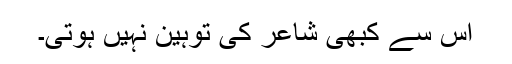
اس سے کبھی شاعر کی توہین نہیں ہوتی۔